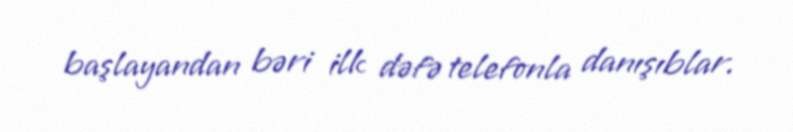
başlayandan bəri ilk dəfə telefonla danışıblar.